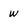
Character: w